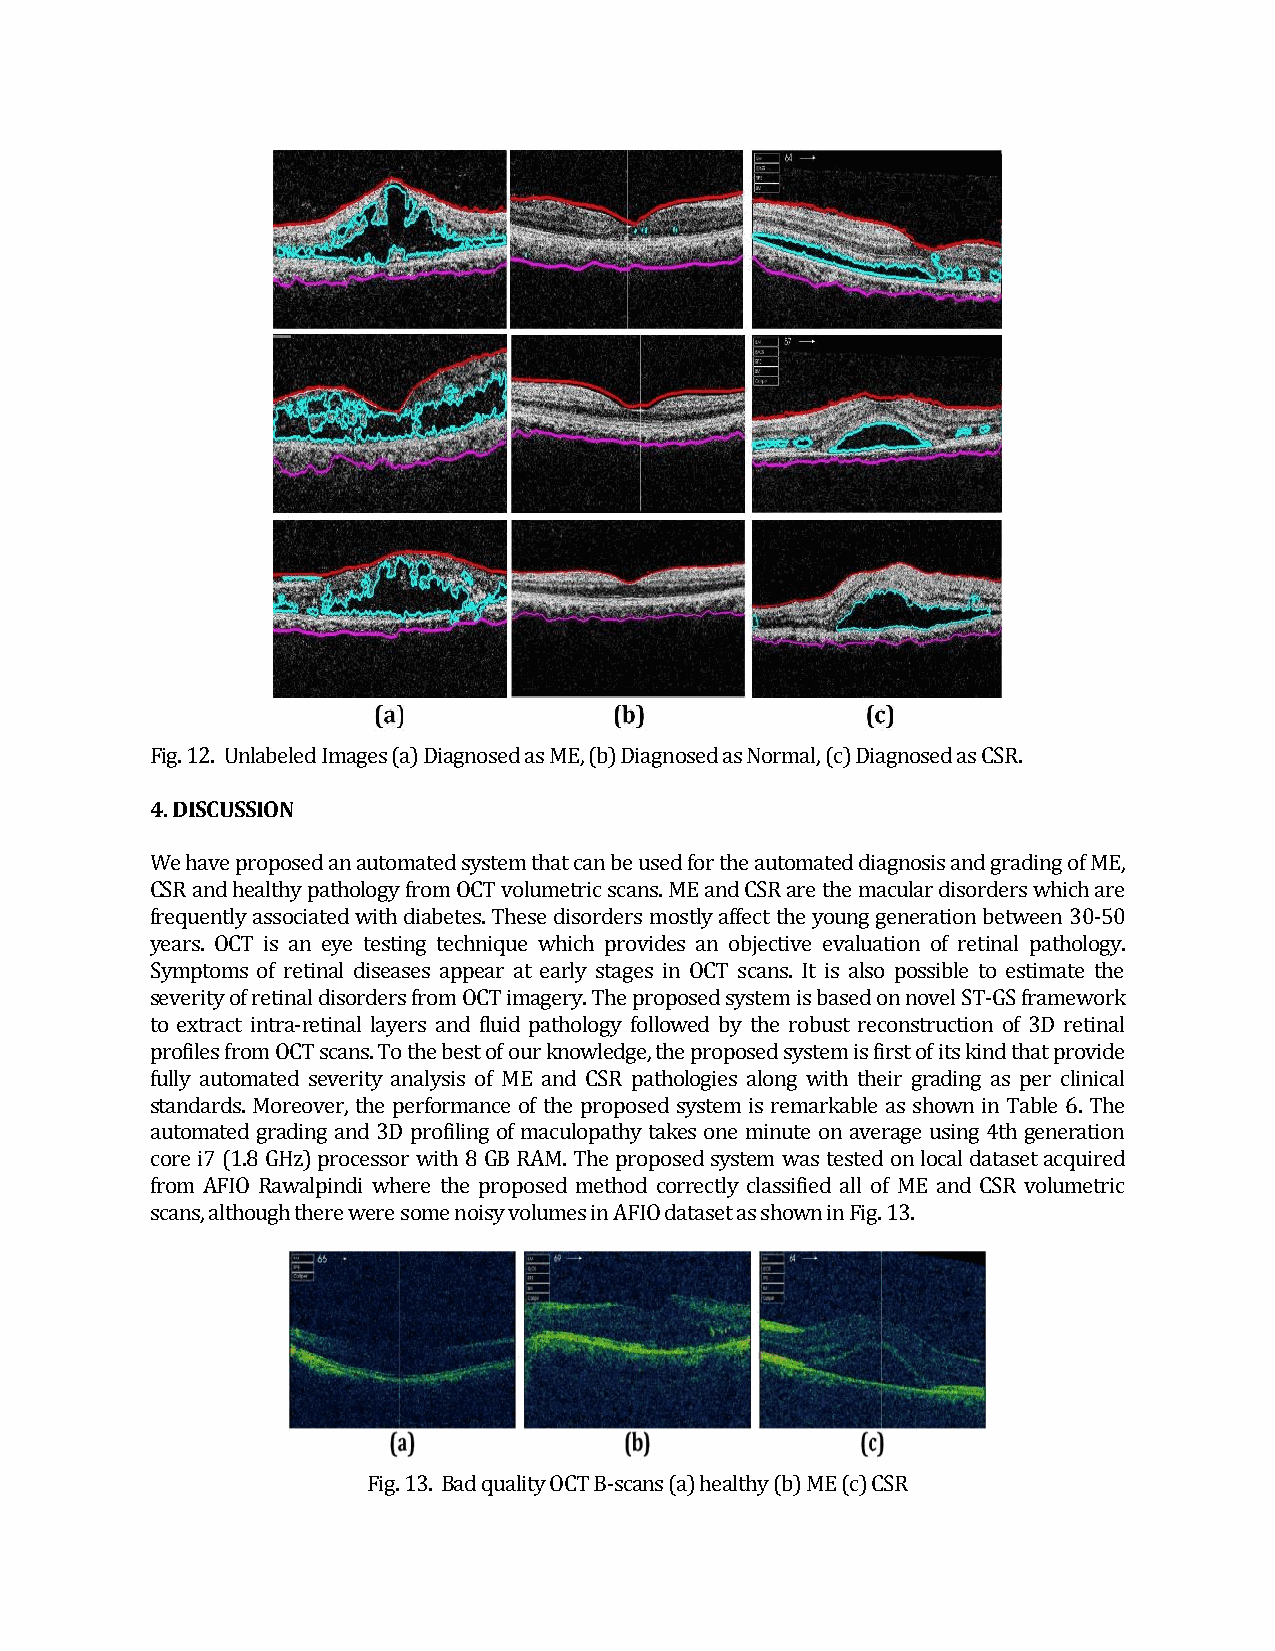
Fig. 12. Unlabeled Images (a) Diagnosed as ME, (b) Diagnosed as Normal, (c) Diagnosed as CSR.
 4. DISCUSSION
 We have proposed an automated system that can be used for the automated diagnosis and grading of ME,
 CSR and healthy pathology from OCT volumetric scans. ME and CSR are the macular disorders which are
 frequently associated with diabetes. These disorders mostly affect the young generation between 30-50
 years. OCT is an eye testing technique which provides an objective evaluation of retinal pathology.
 Symptoms of retinal diseases appear at early stages in OCT scans. It is also possible to estimate the
 severity of retinal disorders from OCT imagery. The proposed system is based on novel ST-GS framework
 to extract intra-retinal layers and fluid pathology followed by the robust reconstruction of 3D retinal
 profiles from OCT scans. To the best of our knowledge, the proposed system is first of its kind that provide
 fully automated severity analysis of ME and CSR pathologies along with their grading as per clinical
 standards. Moreover, the performance of the proposed system is remarkable as shown in Table 6. The
 automated grading and 3D profiling of maculopathy takes one minute on average using 4th generation
 core i7 (1.8 GHz) processor with 8 GB RAM. The proposed system was tested on local dataset acquired
 from AFIO Rawalpindi where the proposed method correctly classified all of ME and CSR volumetric
 scans, although there were some noisy volumes in AFIO dataset as shown in Fig. 13.
 Fig. 13. Bad quality OCT B-scans (a) healthy (b) ME (c) CSR